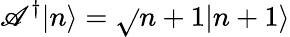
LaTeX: \mathscr{A}^{\dagger}|n\rangle={\sqrt{}{{n+1}}}|n+1\rangle